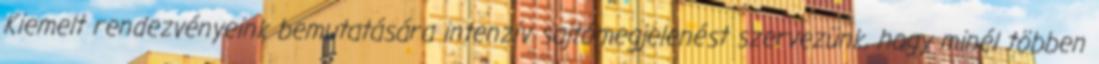
Kiemelt rendezvényeink bemutatására intenzív sajtómegjelenést szervezünk, hogy minél többen